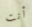
أنت